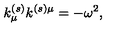
k _ { \mu } ^ { ( s ) } k ^ { ( s ) \mu } = - \omega ^ { 2 } ,